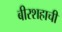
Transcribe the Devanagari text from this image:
बीरशहाची